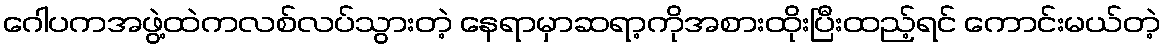
ဂေါပကအဖွဲ့ထဲကလစ်လပ်သွားတဲ့ နေရာမှာဆရာ့ကိုအစားထိုးပြီးထည့်ရင် ကောင်းမယ်တဲ့